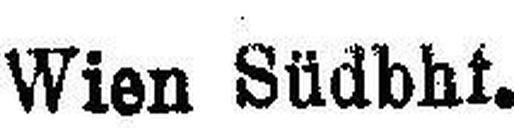
Wien Südbhf.